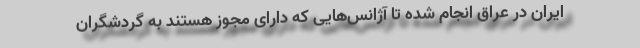
ایران در عراق انجام شده تا آژانس‌هایی که دارای مجوز هستند به گردشگران